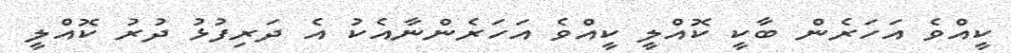
ކީއްވެ އަހަރެން ބާކީ ކޮއްލީ ކީއްވެ އަހަރެންނާއެކު އެ ދަރިފުޅު ދުރު ކޮއްލީ